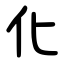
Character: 化